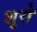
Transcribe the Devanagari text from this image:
शुरो